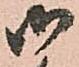
御